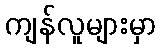
ကျန်လူများမှာ